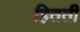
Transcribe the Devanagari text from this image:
हितती